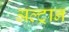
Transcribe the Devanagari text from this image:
अल्ट्रान